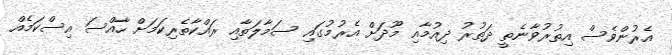
އެރުންވެސް އިތުރުވާނެތީ ދަތުރު ދިއުމާއި މޫދަށް އެރުމުގައި ސަމާލަތާއި ރައްކާތެރިކަމަށް ހާއްސަ އިސްކަމެއް